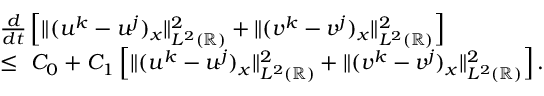
\begin{array} { r l } & { \frac { d } { d t } \left[ \| ( u ^ { k } - u ^ { j } ) _ { x } \| _ { L ^ { 2 } ( \mathbb { R } ) } ^ { 2 } + \| ( v ^ { k } - v ^ { j } ) _ { x } \| _ { L ^ { 2 } ( \mathbb { R } ) } ^ { 2 } \right] } \\ & { \leq \ C _ { 0 } + C _ { 1 } \left[ \| ( u ^ { k } - u ^ { j } ) _ { x } \| _ { L ^ { 2 } ( \mathbb { R } ) } ^ { 2 } + \| ( v ^ { k } - v ^ { j } ) _ { x } \| _ { L ^ { 2 } ( \mathbb { R } ) } ^ { 2 } \right] . } \end{array}